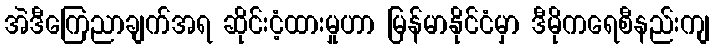
အဲဒီကြေညာချက်အရ ဆိုင်းငံ့ထားမှုဟာ မြန်မာနိုင်ငံမှာ ဒီမိုကရေစီနည်းကျ